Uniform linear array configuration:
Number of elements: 12
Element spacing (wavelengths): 0.25
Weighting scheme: kaiser
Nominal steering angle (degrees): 0
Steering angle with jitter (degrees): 0.2757
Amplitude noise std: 0.05
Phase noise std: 0.05

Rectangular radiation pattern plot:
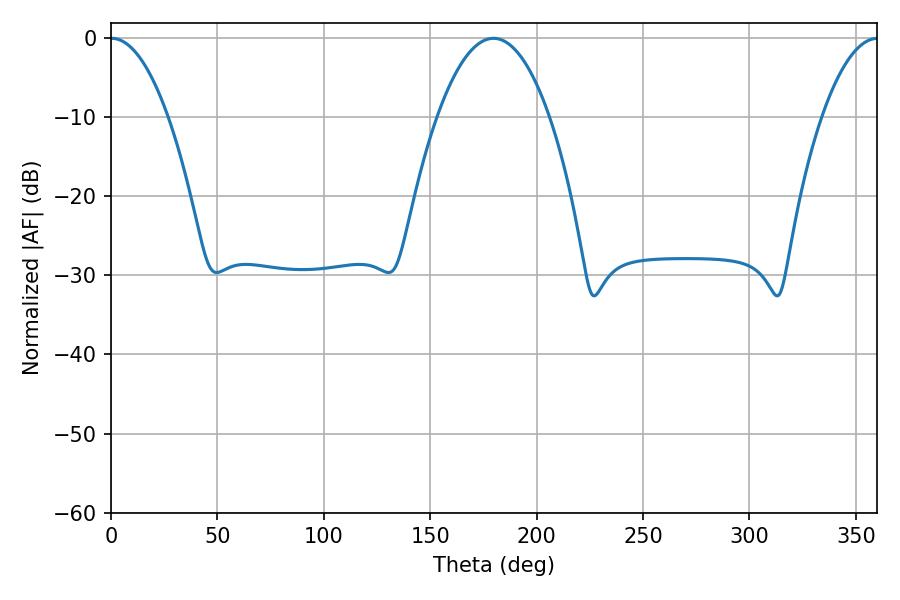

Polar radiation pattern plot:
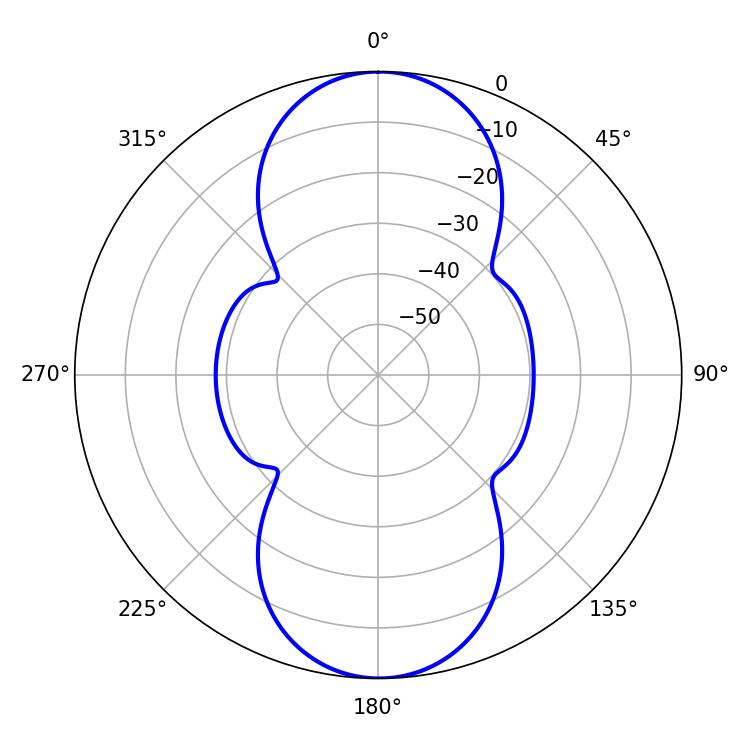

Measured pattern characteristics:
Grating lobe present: FALSE
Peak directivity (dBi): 24.807
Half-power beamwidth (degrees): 14.94
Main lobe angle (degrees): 0.36